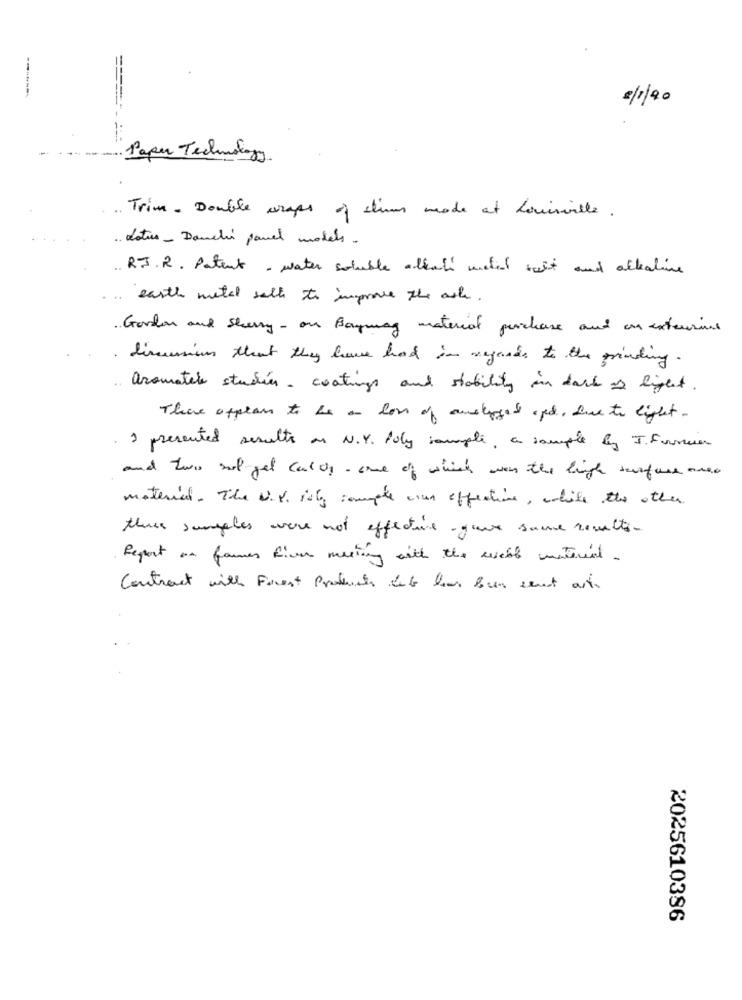
2/1/20
---
Paper Technology.
Trim. Double wraps of climas mode at Louisville.
Lotus - Danchi panel models .
R.J. R. Patent - water soluble alkali metal wait and actealine
earth metal salt to improve the ast.
Gordon and Sherry - on Baymay material purchase and on extensions
dimensions that they have had in regards to the grinding.
aromater studies, coatings and stability in dark as light.
There ofplan to be an low of anstopped and, Die to light.
I presented serelts as N.Y. Poly sample, a sample by J. Fumier
and two root get caldy - one of which was the high surface area
materias. The U.V. isty sample cour effective, while the other
the samples were not effective- gave same romelto-
Report an fames five meeting with the weeble material.
Contract with Forest Products Este has been sent auto
2025610386